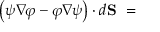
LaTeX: \left( \psi \nabla \! \varphi - \varphi \nabla \! \psi \right) \cdot d \mathbf { S } \ =